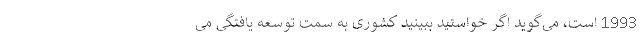
1993 است، می‌‌گوید اگر خواستید ببینید کشوری به سمت توسعه یافتگی می